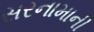
સરનામાની